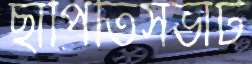
ছাপিতিসভার্ট